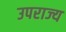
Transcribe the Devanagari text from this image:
उपराज्य